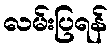
လမ်းပြရန်